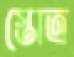
স্তোত্র